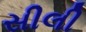
સીલી